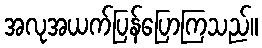
အလုအယက်ပြန်ပြောကြသည်။